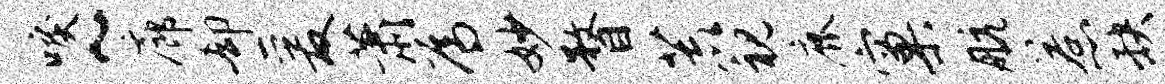
唳~廊却爰萧焉妙瞀荒视鹿窠航惹缺